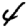
Digit: 4